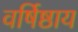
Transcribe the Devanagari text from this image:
वर्षिष्ठाय